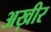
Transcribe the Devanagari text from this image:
अख़ीर